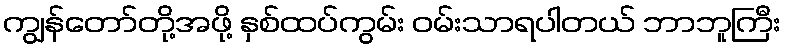
ကျွန်တော်တို့အဖို့ နှစ်ထပ်ကွမ်း ဝမ်းသာရပါတယ် ဘာဘူကြီး